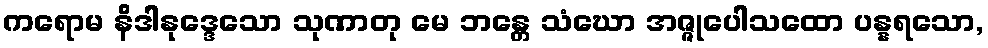
ကရောမ နိဒါနုဒ္ဒေသော သုဏာတု မေ ဘန္တေ သံဃော အဇ္ဇုပေါသထော ပန္နရသော,